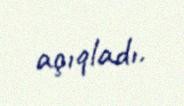
açıqladı.